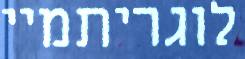
לוגריתמיי